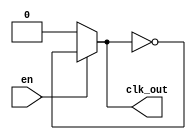
`timescale 1ns/1ns

module Ring#(
                        parameter NO_STAGES=3,      // No of inverter stage
                        parameter INV_DELAY_ns=107       // Delay of single inverter in ns

                        )(
                            input  en,
                            output  clk_out
                        );    
    
    wire [NO_STAGES:0] wi;
    assign wi[0] = en ? wi[NO_STAGES] : 0;
    assign clk_out = en ? wi[NO_STAGES] : 0;
    genvar i;
    generate
        for(i = 0; i < NO_STAGES; i = i+1) begin: one
            if(i==0) begin
                `ifndef R_OSC_SYNTHESIS
                    not #(INV_DELAY_ns) (wi[i+1], wi[0]);
                `else
                    not (wi[i+1], wi[0]);
                `endif        
            end
            else if(i>= NO_STAGES) begin
                `ifndef R_OSC_SYNTHESIS
                    not #(INV_DELAY_ns) (wi[i+1], wi[i]);
                `else
                    not (wi[i+1], wi[i]);
                `endif    
            end
            else begin
                `ifndef R_OSC_SYNTHESIS
                    not #(INV_DELAY_ns) (wi[i+1], wi[i]);
                `else    
                    not (wi[i+1], wi[i]);
                `endif    
            end
        end
    endgenerate   
    
endmodule